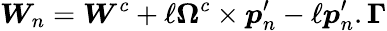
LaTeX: \boldsymbol{W}_{n}=\boldsymbol{W}^{c}+\ell\boldsymbol{\Omega}^{c}\times\boldsymbol{p}_{n}^{\prime}-\ell\boldsymbol{p}_{n}^{\prime}.\boldsymbol{\Gamma}